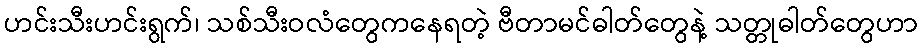
ဟင်းသီးဟင်းရွက်၊ သစ်သီးဝလံတွေကနေရတဲ့ ဗီတာမင်ဓါတ်တွေနဲ့ သတ္တုဓါတ်တွေဟာ